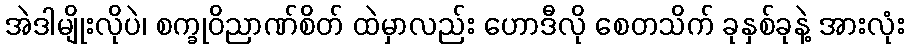
အဲဒါမျိုးလိုပဲ၊ စက္ခုဝိညာဏ်စိတ် ထဲမှာလည်း ဟောဒီလို စေတသိက် ခုနှစ်ခုနဲ့ အားလုံး